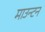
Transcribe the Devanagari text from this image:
माउन्टन